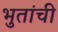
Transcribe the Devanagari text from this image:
भुतांची